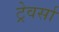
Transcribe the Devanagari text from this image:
ट्रेवर्सा